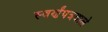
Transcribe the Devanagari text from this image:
स्वर्णंपत्रवाले